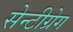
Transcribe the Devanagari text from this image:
सेन्टीग्रेग